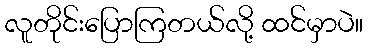
လူတိုင်းပြောကြတယ်လို့ ထင်မှာပဲ။